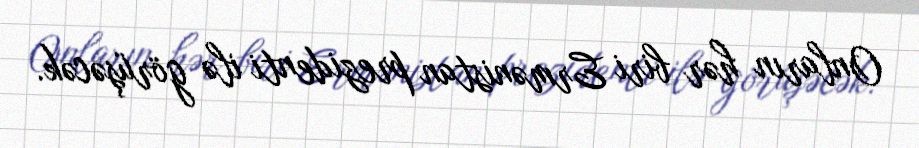
Onların hər biri Ermənistan prezidenti ilə görüşəcək.